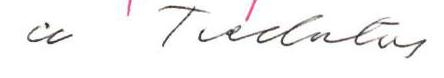
cc Tiedotus